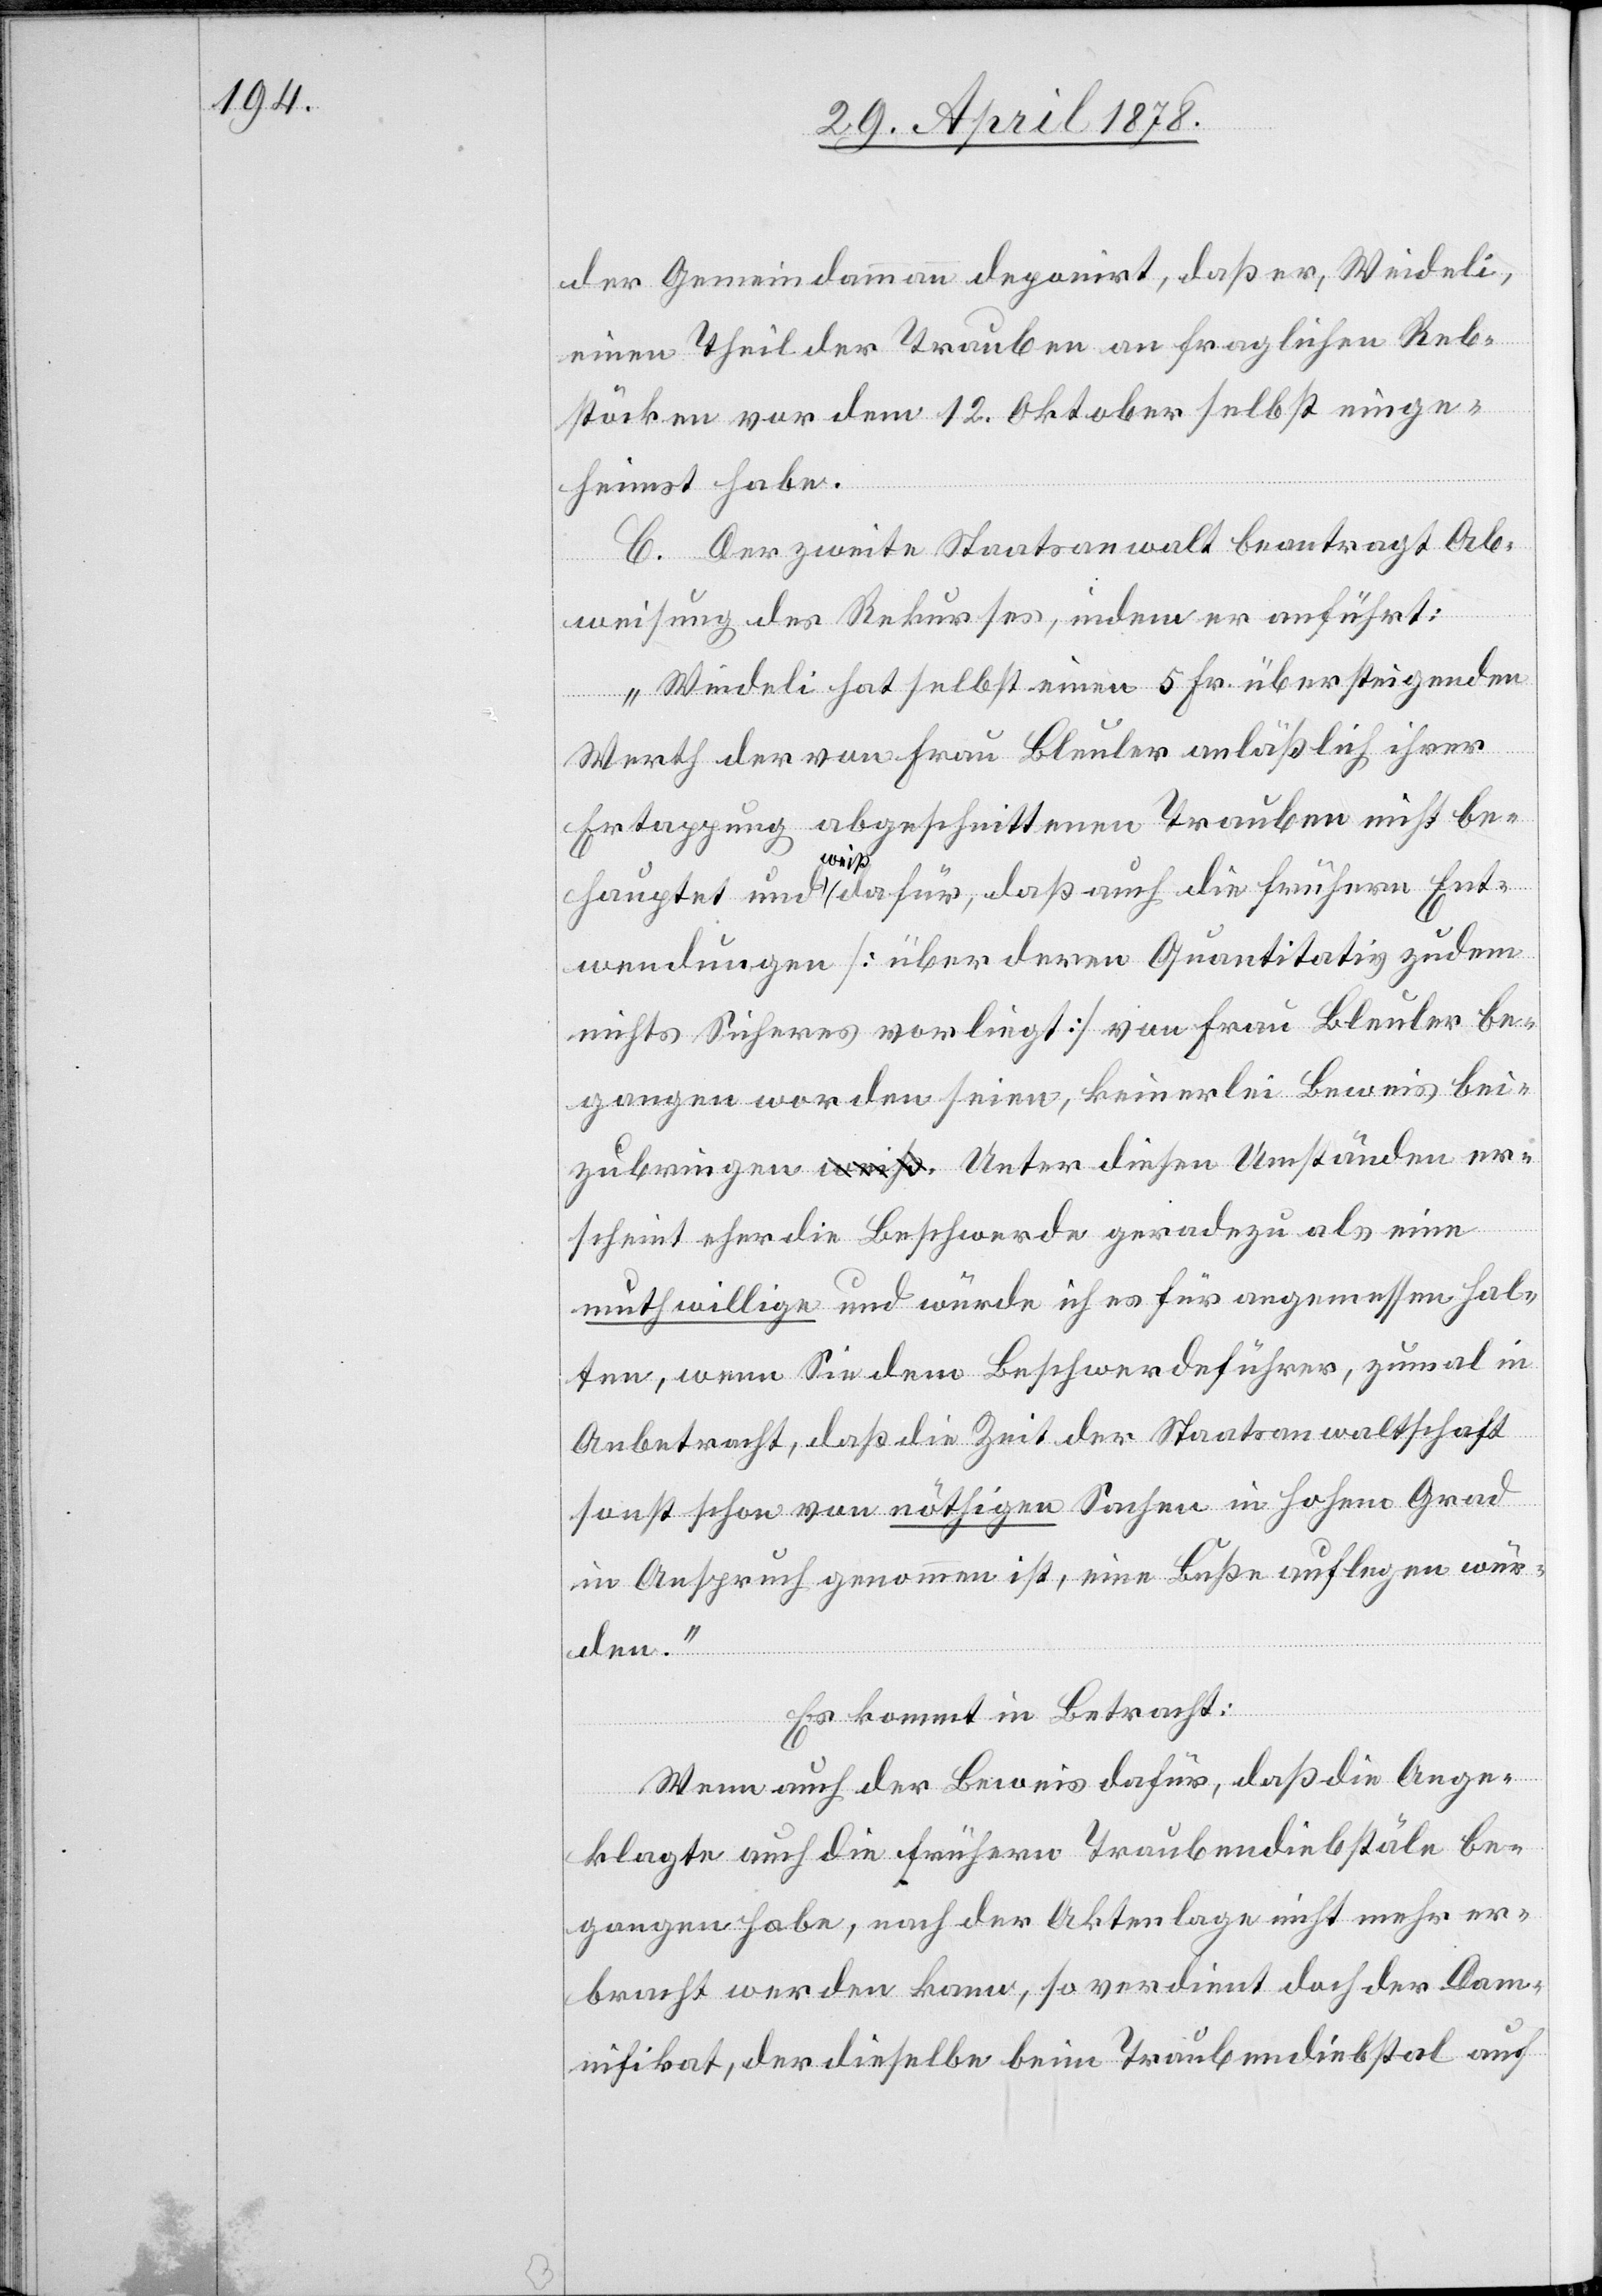
der Gemeindammann deponirt, daß er, Weideli,
einen Theil der Trauben an fraglichen Reb¬
stöcken vor dem 12. Oktober selbst einge¬
heimst habe.
C. Der zweite Staatsanwalt beantragt Ab¬
weisung des Rekurses, indem er anführt:
„Weideli hat selbst einen 5 Fr. übersteigenden
Werth der von Frau Bleuler anlässlich ihrer
Ertappung abgeschnittenen Trauben nicht be¬
hauptet und weiß dafür, daß auch die frühern Ent¬
wendungen [über deren Quantitativ zudem
nichts Sicheres vorliegt] von Frau Bleuler be¬
gangen worden seien, keinerlei Beweis bei¬
zubringen. Unter diesen Umständen er¬
scheint eher die Beschwerde geradezu als eine
muthwillige und würde ich es für angemessen hal¬
ten, wenn Sie dem Beschwerdeführer, zumal in
Anbetracht, daß die Zeit der Staatsanwaltschaft
sonst schon von nöthigen Sachen in hohem Grad
in Anspruch genommen ist, eine Buße auflegen wür¬
den.“
Es kommt in Betracht:
Wenn auch der Beweis dafür, daß die Ange¬
klagte auch die frühern Traubendiebstäle be¬
gangen habe, nach der Aktenlage nicht mehr er¬
bracht werden kann, so verdient doch der Damn¬
ifikat, der dieselbe beim Traubendiebstal auf